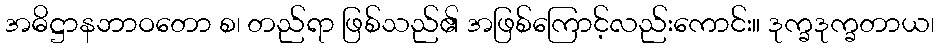
အဓိဋ္ဌာနဘာဝတော စ၊ တည်ရာ ဖြစ်သည်၏ အဖြစ်ကြောင့်လည်းကောင်း။ ဒုက္ခဒုက္ခတာယ၊